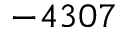
- 4 3 0 7